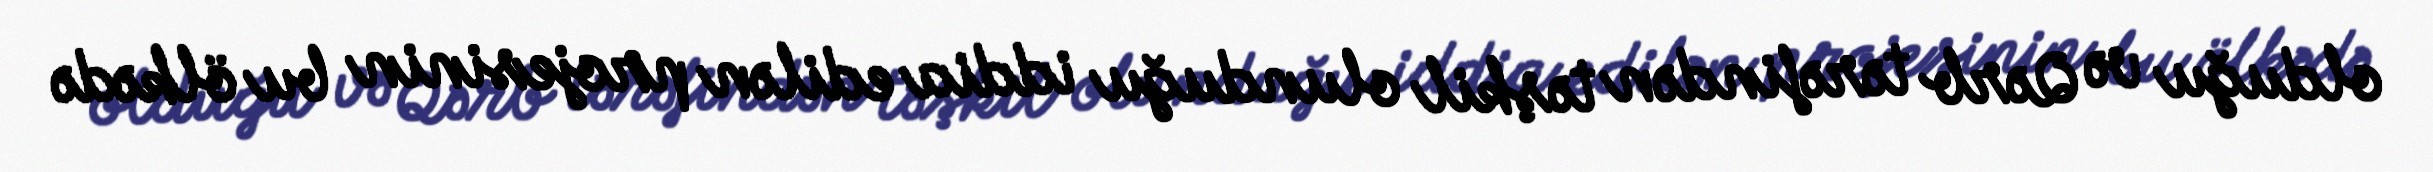
olduğu və Qərb tərəfindən təşkil olunduğu iddia edilən projesinin bu ölkədə